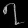
Digit: ၇